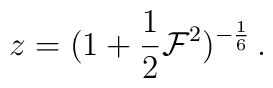
z= ({1+{1\over2}{\cal F}^2})^{-{1\over6}} \, .